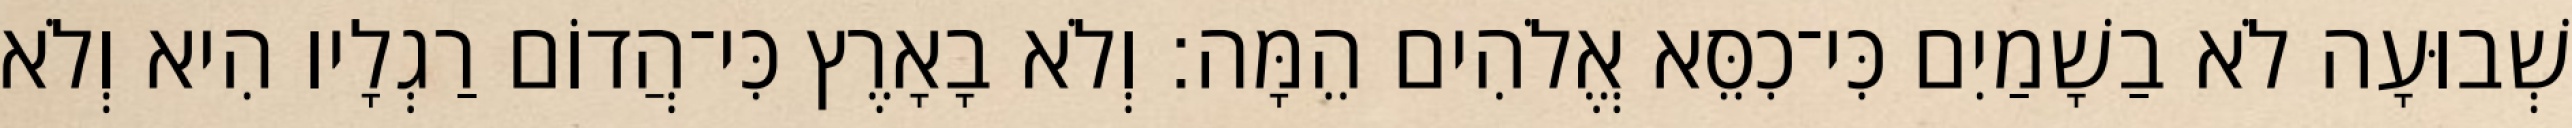
שְׁבוּעָה לֹא בַשָׁמַיִם כִּי־כִסֵּא אֱלֹהִים הֵמָּה׃ וְלֹא בָאָרֶץ כִּי־הֲדוֹם רַגְלָיו הִיא וְלֹא